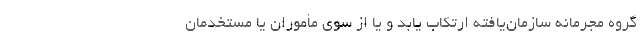
گروه مجرمانه سازمان‌یافته ارتکاب یابد و یا از سوی مأموران یا مستخدمان